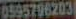
0595796203